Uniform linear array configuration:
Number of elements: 16
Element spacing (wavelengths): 1
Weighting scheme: kaiser
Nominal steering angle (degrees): -45
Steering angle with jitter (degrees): -45.732
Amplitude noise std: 0.05
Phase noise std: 0.05

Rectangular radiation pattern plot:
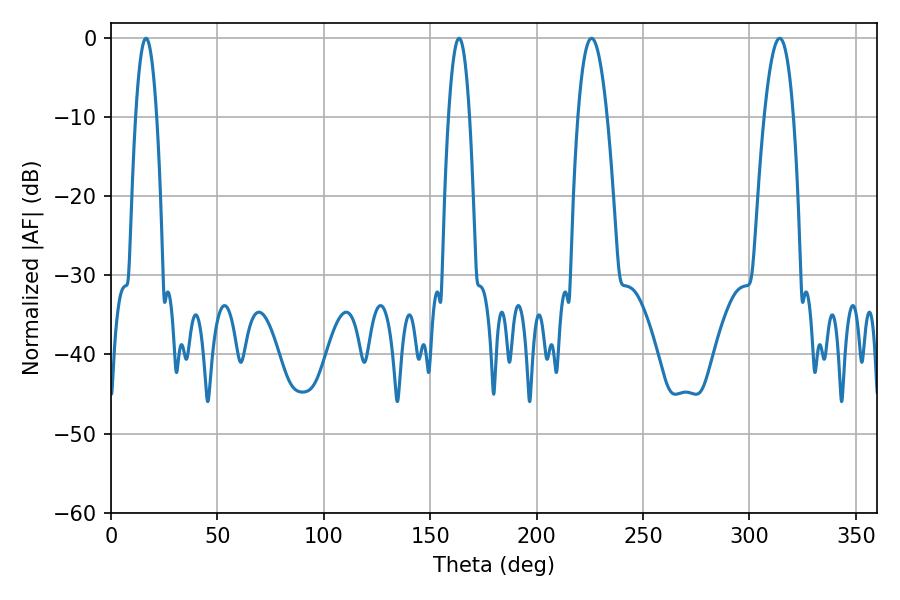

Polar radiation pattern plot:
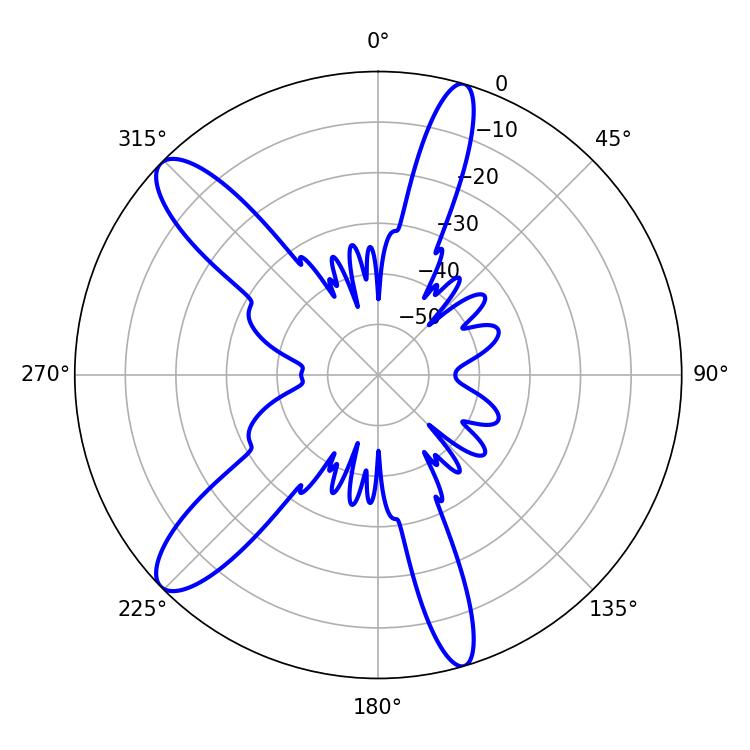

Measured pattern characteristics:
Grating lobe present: TRUE
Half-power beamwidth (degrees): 7.56
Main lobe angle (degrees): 314.28